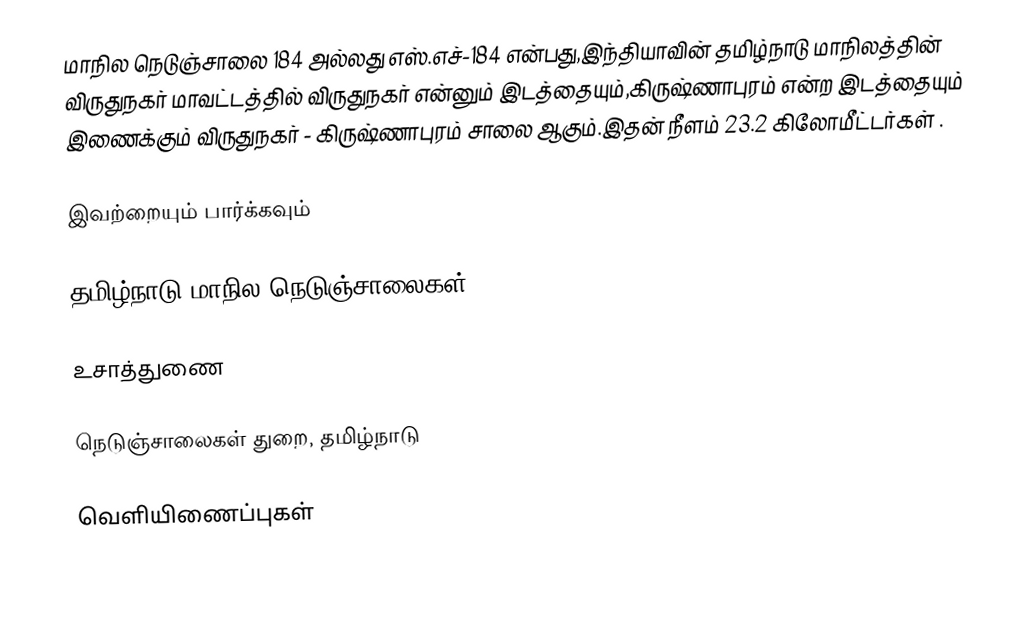
மாநில நெடுஞ்சாலை 184 அல்லது எஸ்.எச்-184  என்பது,இந்தியாவின் தமிழ்நாடு மாநிலத்தின்  விருதுநகர் மாவட்டத்தில்  விருதுநகர்  என்னும் இடத்தையும்,கிருஷ்ணாபுரம்  என்ற இடத்தையும் இணைக்கும் விருதுநகர் - கிருஷ்ணாபுரம் சாலை ஆகும்.இதன் நீளம் 23.2  கிலோமீட்டர்கள் .

இவற்றையும் பார்க்கவும்

 தமிழ்நாடு மாநில நெடுஞ்சாலைகள்

உசாத்துணை

 நெடுஞ்சாலைகள் துறை, தமிழ்நாடு

வெளியிணைப்புகள்